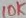
Text: 10K